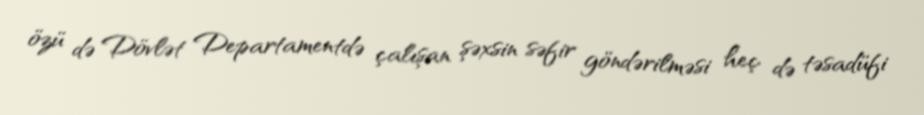
özü də Dövlət Departamentdə çalışan şəxsin səfir göndərilməsi heç də təsadüfi